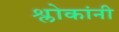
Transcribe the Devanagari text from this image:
श्लोकांनी